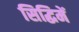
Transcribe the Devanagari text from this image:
सिद्धिमें